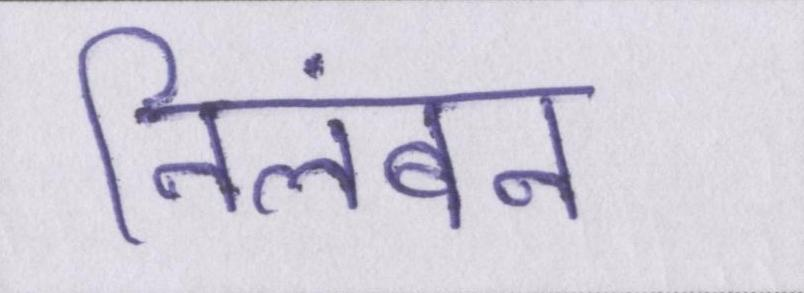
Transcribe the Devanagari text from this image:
निलंबन